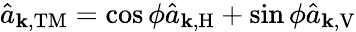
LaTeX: \hat{a}_{\mathbf{k},\mathrm{TM}}=\cos\phi\hat{a}_{\mathbf{k},\mathrm{H}}+\sin\phi\hat{a}_{\mathbf{k},\mathrm{V}}